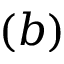
( b )